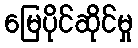
မြေပိုင်ဆိုင်မှု